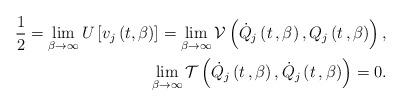
LaTeX: \begin{align*}\frac{1}{2}=\lim_{\beta\rightarrow\infty}U\left[ v_{j}\left( t,\beta\right)\right] =\lim_{\beta\rightarrow\infty}\mathcal{V}\left( \dot{Q}_{j}\left(t\,,\beta\right) ,Q_{j}\left( t\,,\beta\right) \right) ,\\\lim_{\beta\rightarrow\infty}\mathcal{T}\left( \dot{Q}_{j}\left(t\,,\beta\right) ,\dot{Q}_{j}\left( t\,,\beta\right) \right) =0.\end{align*}